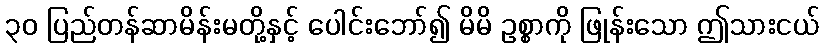
၃၀ ပြည်တန်ဆာမိန်းမတို့နှင့် ပေါင်းဘော်၍ မိမိ ဥစ္စာကို ဖြုန်းသော ဤသားငယ်